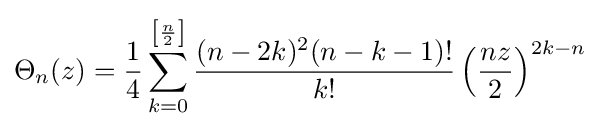
\Theta _{n}(z)={\frac {1}{4}}\sum _{k=0}^{\left[{\frac {n}{2}}\right]}{\frac {(n-2k)^{2}(n-k-1)!}{k!}}\left({\frac {nz}{2}}\right)^{2k-n}